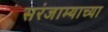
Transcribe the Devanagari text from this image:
सरंजाम्याच्या